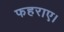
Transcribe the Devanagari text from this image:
फहराए।